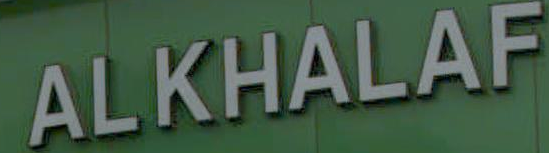
ALKHALAF